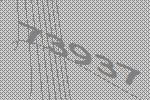
73937